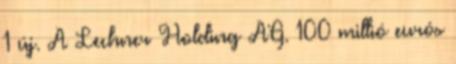
1 új. A Lechner Holding AG. 100 millió eurós